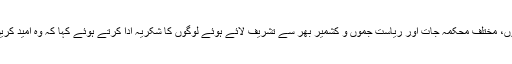
انہوں نے کانفرنس میں موجود تمام مہمانوں، مختلف محکمہ جات اور ریاست جموں و کشمیر بھر سے تشریف لائے ہوئے لوگوں کا شکریہ ادا کرتے ہوئے کہا کہ وہ امید کریں گے کہ ایسی محافل آئندہ ہوتی رہیں گی۔